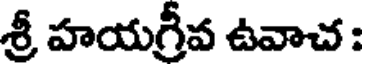
శ్రీ హయగ్రీవ ఉవాచ :